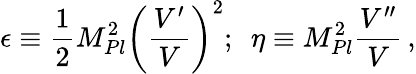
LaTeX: \epsilon\equiv\frac{1}{2}M_{Pl}^{2}\left(\frac{V^{\prime}}{V}\right)^{2};\, \, \, \eta\equiv M_{Pl}^{2}{\frac{V^{\prime\prime}}{V}}\, ,